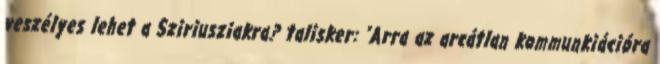
veszélyes lehet a Sziriusziakra? talisker: "Arra az arcátlan kommunkiációra